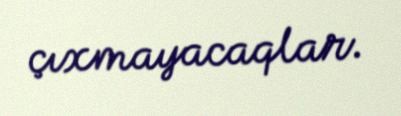
çıxmayacaqlar.